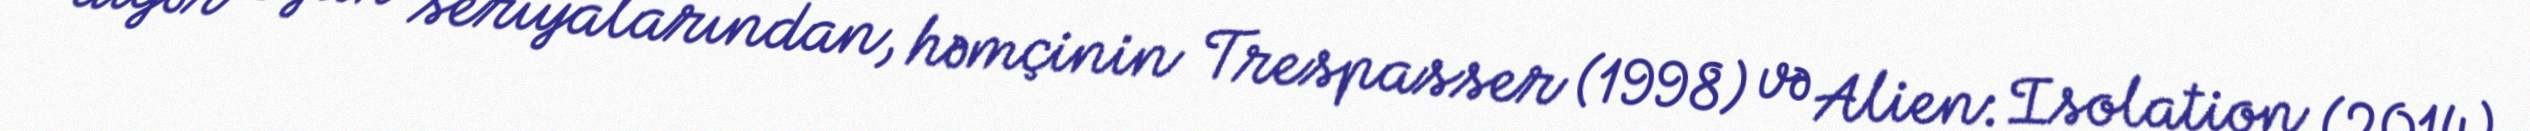
digər oyun seriyalarından, həmçinin Trespasser (1998) və Alien: Isolation (2014)